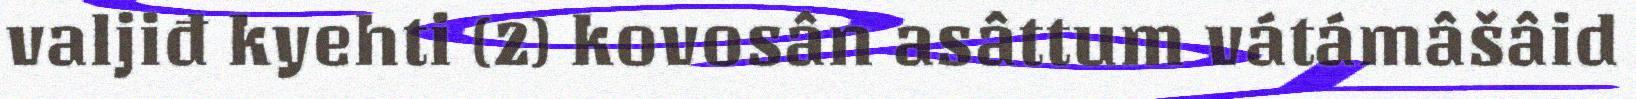
valjiđ kyehti (2) kovosân asâttum vátámâšâid